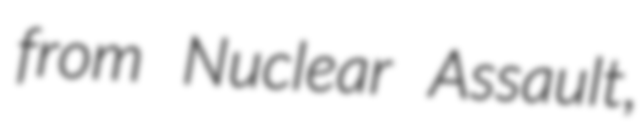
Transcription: from Nuclear Assault,